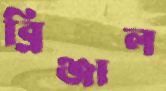
ব্রিঞ্জাল